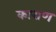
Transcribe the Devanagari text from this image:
काराण